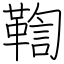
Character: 鞫